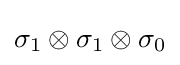
\sigma _{1}\otimes \sigma _{1}\otimes \sigma _{0}